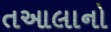
તઆલાનો